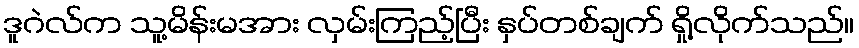
ဒူဂဲလ်က သူ့မိန်းမအား လှမ်းကြည့်ပြီး နှပ်တစ်ချက် ရှို့လိုက်သည်။